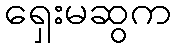
ရှေးမဆွက